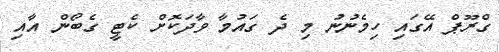
ގްރޫޕް އޭގައި ހިމެނުނު މި ދެ ގައުމާ ވާދަކޮށް ކެޓީ ގެބޯން އާއި